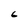
Character: 6